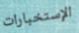
الإستخبارات